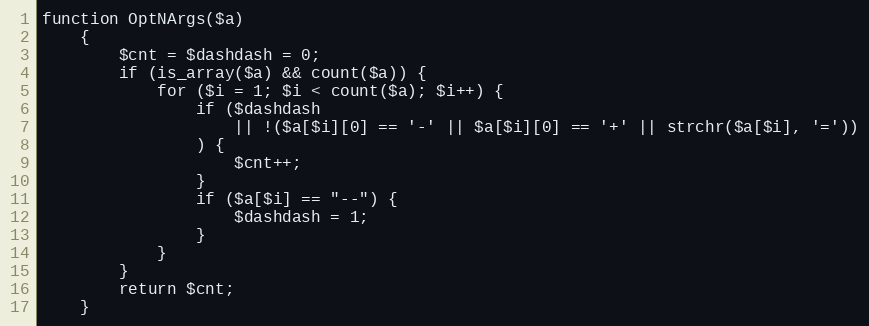
Language: PHP
function OptNArgs($a)
    {
        $cnt = $dashdash = 0;
        if (is_array($a) && count($a)) {
            for ($i = 1; $i < count($a); $i++) {
                if ($dashdash
                    || !($a[$i][0] == '-' || $a[$i][0] == '+' || strchr($a[$i], '='))
                ) {
                    $cnt++;
                }
                if ($a[$i] == "--") {
                    $dashdash = 1;
                }
            }
        }
        return $cnt;
    }